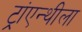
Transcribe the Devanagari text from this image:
ट्रांएन्थीला